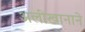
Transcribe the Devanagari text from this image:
अलीखानाने